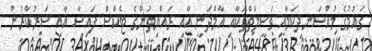
ގައުމުގެ މުއްސަނދިކަމާއި ވަސީލަތްތަކާއި އާމްދަނީ އާއި ރައްޔިތުންގެ ޓެކްސް ފައިސާ އާއި ސަރުކާރުން